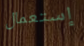
إستعمال